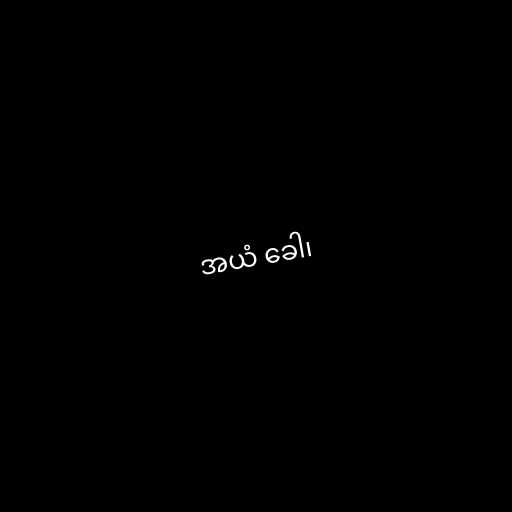
အယံ ခေါ၊